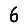
Digit: 6